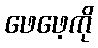
ဖေဖေ့ကို